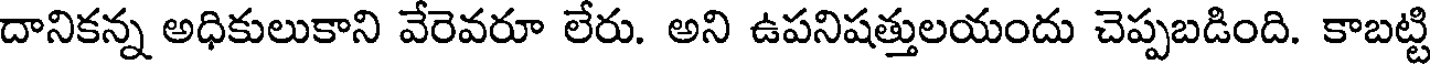
దానికన్న అధికులుకాని వేరెవరూ లేరు. అని ఉపనిషత్తులయందు చెప్పబడింది. కాబట్టి